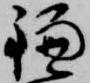
鎌